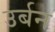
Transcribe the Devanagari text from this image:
उर्बन